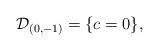
LaTeX: \begin{align*}{\cal D}_{(0,-1)} = \{ c = 0 \},\end{align*}